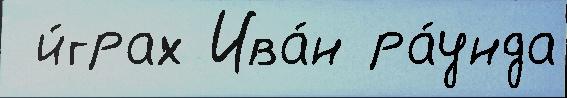
 и́грах Ива́н ра́унда